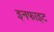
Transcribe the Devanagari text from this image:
इनफाइट